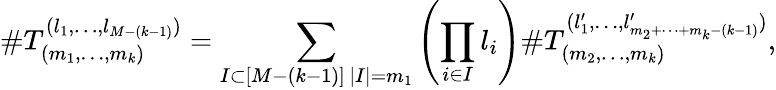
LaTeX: \# T_{(m_{1},\dots,m_{k})}^{(l_{1},\dots,l_{M-(k-1)})}=\sum_{\substack{I\subset[M-(k-1)]\, |I|=m_{1}}}\left(\prod_{i\in I}l_{i}\right)\# T_{(m_{2},\dots,m_{k})}^{(l_{1}^{\prime},\dots,l_{m_{2}+\cdots+m_{k}-(k-1)}^{\prime})},